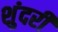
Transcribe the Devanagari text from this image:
शुंदरी